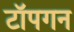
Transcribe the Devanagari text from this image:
टॉपगन